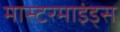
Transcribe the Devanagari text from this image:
मास्टरमाइंड्स